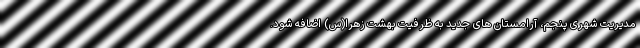
مدیریت شهری پنجم، آرامستان های جدید به ظرفیت بهشت زهرا(س) اضافه شود.